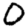
Digit: 0